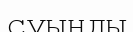
суынды